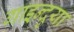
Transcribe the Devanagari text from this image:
गाइन्दुया